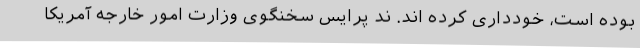
بوده است، خودداری کرده اند. ند پرایس سخنگوی وزارت امور خارجه آمریکا